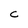
Character: C